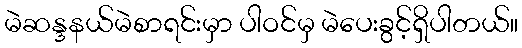
မဲဆန္ဒနယ်မဲစာရင်းမှာ ပါဝင်မှ မဲပေးခွင့်ရှိပါတယ်။